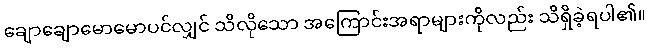
ချောချောမောမောပင်လျှင် သိလိုသော အကြောင်းအရာများကိုလည်း သိရှိခဲ့ရပါ၏။